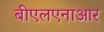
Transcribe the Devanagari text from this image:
बीएलएनाआर